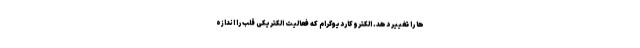
ها را تغییر دهد. الکتروکاردیوگرام که فعالیت الکتریکی قلب را اندازه